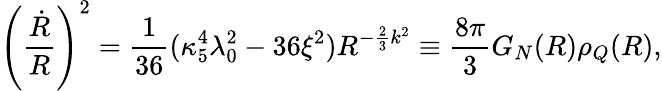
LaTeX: \left({\frac{\dot{R}}{R}}\right)^{2}={\frac{1}{36}}(\kappa_{5}^{4}\lambda_{0}^{2}-36\xi^{2})R^{-{\frac{2}{3}}k^{2}}\equiv{\frac{8\pi}{3}}G_{N}(R)\rho_{Q}(R),